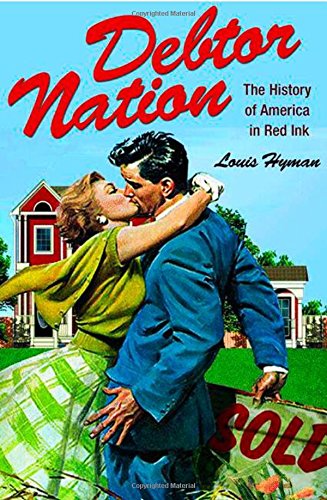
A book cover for Debtor Nation: The History of America in Red Ink (Politics and Society in Twentieth-Century America); Louis Hyman; Business & Money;